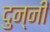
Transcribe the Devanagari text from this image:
दुन्नी